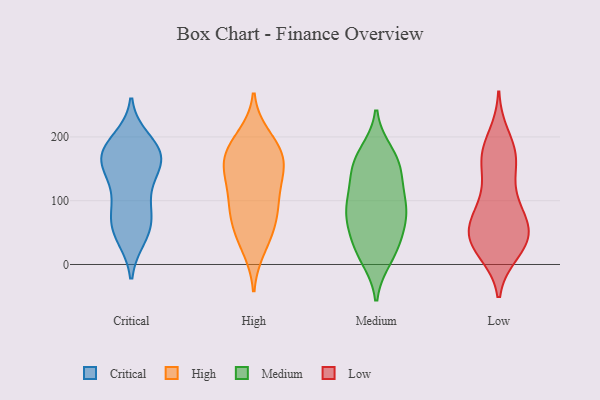
{"axis": {"x": "LTV (USD)", "y": "Value"}, "legend": ["Critical", "High", "Low", "Medium"], "data": [{"x": "", "y": 177, "type": "Critical"}, {"x": "", "y": 140, "type": "Critical"}, {"x": "", "y": 71, "type": "Critical"}, {"x": "", "y": 64, "type": "Critical"}, {"x": "", "y": 176, "type": "Critical"}, {"x": "", "y": 162, "type": "Critical"}, {"x": "", "y": 43, "type": "Critical"}, {"x": "", "y": 70, "type": "Critical"}, {"x": "", "y": 99, "type": "Critical"}, {"x": "", "y": 45, "type": "Critical"}, {"x": "", "y": 195, "type": "Critical"}, {"x": "", "y": 113, "type": "Critical"}, {"x": "", "y": 155, "type": "Critical"}, {"x": "", "y": 181, "type": "Critical"}, {"x": "", "y": 174, "type": "Critical"}, {"x": "", "y": 159, "type": "Critical"}, {"x": "", "y": 94, "type": "High"}, {"x": "", "y": 41, "type": "High"}, {"x": "", "y": 146, "type": "High"}, {"x": "", "y": 26, "type": "High"}, {"x": "", "y": 178, "type": "High"}, {"x": "", "y": 144, "type": "High"}, {"x": "", "y": 200, "type": "High"}, {"x": "", "y": 157, "type": "High"}, {"x": "", "y": 144, "type": "High"}, {"x": "", "y": 183, "type": "High"}, {"x": "", "y": 107, "type": "High"}, {"x": "", "y": 93, "type": "High"}, {"x": "", "y": 65, "type": "High"}, {"x": "", "y": 69, "type": "High"}, {"x": "", "y": 179, "type": "High"}, {"x": "", "y": 69, "type": "Medium"}, {"x": "", "y": 118, "type": "Medium"}, {"x": "", "y": 16, "type": "Medium"}, {"x": "", "y": 143, "type": "Medium"}, {"x": "", "y": 63, "type": "Medium"}, {"x": "", "y": 151, "type": "Medium"}, {"x": "", "y": 175, "type": "Medium"}, {"x": "", "y": 86, "type": "Medium"}, {"x": "", "y": 37, "type": "Medium"}, {"x": "", "y": 156, "type": "Medium"}, {"x": "", "y": 29, "type": "Medium"}, {"x": "", "y": 168, "type": "Medium"}, {"x": "", "y": 10, "type": "Medium"}, {"x": "", "y": 94, "type": "Medium"}, {"x": "", "y": 97, "type": "Medium"}, {"x": "", "y": 81, "type": "Medium"}, {"x": "", "y": 75, "type": "Low"}, {"x": "", "y": 55, "type": "Low"}, {"x": "", "y": 41, "type": "Low"}, {"x": "", "y": 20, "type": "Low"}, {"x": "", "y": 22, "type": "Low"}, {"x": "", "y": 200, "type": "Low"}, {"x": "", "y": 47, "type": "Low"}, {"x": "", "y": 161, "type": "Low"}, {"x": "", "y": 87, "type": "Low"}, {"x": "", "y": 175, "type": "Low"}, {"x": "", "y": 30, "type": "Low"}, {"x": "", "y": 149, "type": "Low"}, {"x": "", "y": 106, "type": "Low"}, {"x": "", "y": 39, "type": "Low"}, {"x": "", "y": 175, "type": "Low"}, {"x": "", "y": 168, "type": "Low"}, {"x": "", "y": 49, "type": "Low"}, {"x": "", "y": 93, "type": "Low"}, {"x": "", "y": 54, "type": "Low"}]}